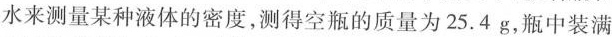
水来测量某种液体的密度，测得空瓶的质量为25.4g，瓶中装满